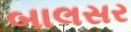
બાલસર